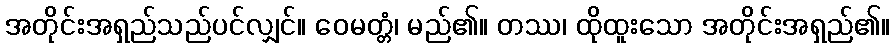
အတိုင်းအရှည်သည်ပင်လျှင်။ ဝေမတ္တံ၊ မည်၏။ တဿ၊ ထိုထူးသော အတိုင်းအရှည်၏။